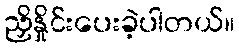
ညှိနှိုင်းပေးခဲ့ပါတယ်။